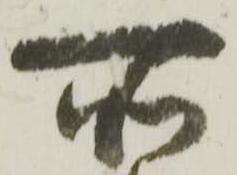
所